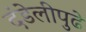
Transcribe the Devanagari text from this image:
दंडेलीपुढे